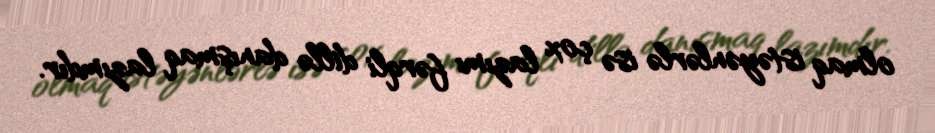
olmaq istəyənlərlə isə çox lazımı fərqli dillə danışmaq lazımdır.